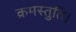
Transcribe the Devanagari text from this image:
क्रमस्तुति।